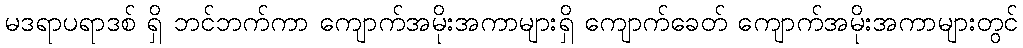
မဒရာပရာဒစ် ရှိ ဘင်ဘက်ကာ ကျောက်အမိုးအကာများရှိ ကျောက်ခေတ် ကျောက်အမိုးအကာများတွင်